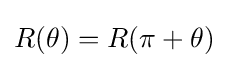
R(\theta )=R(\pi +\theta )